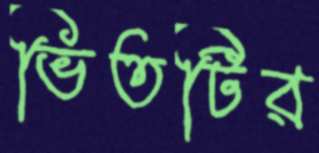
ভিতটির